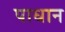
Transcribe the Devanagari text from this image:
पाधान